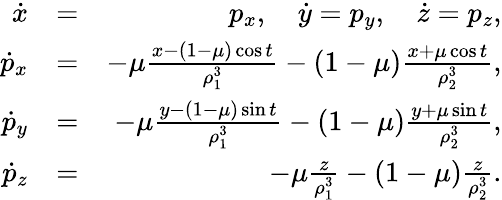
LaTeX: \begin{array}{rlr}{\dot{x}}&{=}&{p_{x},\quad\dot{y}=p_{y},\quad\dot{z}=p_{z},}\\ {\dot{p}_{x}}&{=}&{-\mu\frac{x-(1-\mu)\cos{t}}{\rho_{1}^{3}}-(1-\mu)\frac{x+\mu\cos{t}}{\rho_{2}^{3}},}\\ {\dot{p}_{y}}&{=}&{-\mu\frac{y-(1-\mu)\sin{t}}{\rho_{1}^{3}}-(1-\mu)\frac{y+\mu\sin{t}}{\rho_{2}^{3}},}\\ {\dot{p}_{z}}&{=}&{-\mu\frac{z}{\rho_{1}^{3}}-(1-\mu)\frac{z}{\rho_{2}^{3}}.}\end{array}